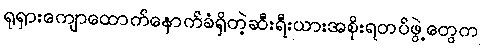
ရုရှားကျောထောက်နောက်ခံရှိတဲ့ဆီးရီးယားအစိုးရတပ်ဖွဲ့တွေက